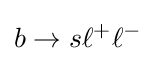
b\rightarrow s\ell ^{+}\ell ^{-}